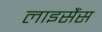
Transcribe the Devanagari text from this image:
लाइसैंस